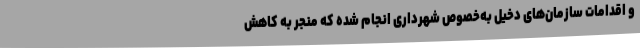
و اقدامات سازمان‌های دخیل به‌خصوص شهرداری انجام شده که منجر به کاهش